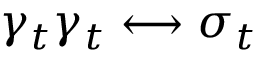
\gamma _ { t } \gamma _ { t } \longleftrightarrow \sigma _ { t }